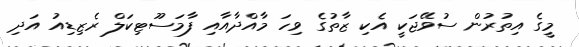
މީގެ އިތުރުން ސުވޭޖަކީ އެކި ޒާތުގެ ވިހަ މާއްދާއާއި ފާމަސޫޓިކަލް ރެޒިޑިއު އަދި